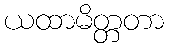
ယထာမိတ္တတာ